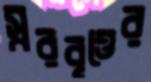
স্বরবৃত্তের